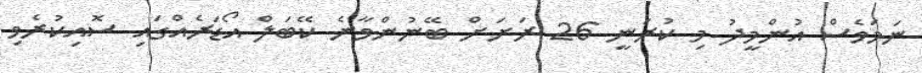
ނަމަވެސް އުންމީދު މި ކުރަނީ 26 ރަށަށް ބޭނުންވާނެ ކޭބަލް އޯޑަރެއްގައި ސޮއިކުރެވި